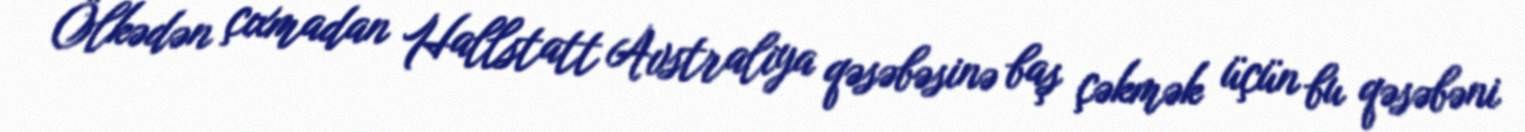
Ölkədən çıxmadan Hallstatt Avstraliya qəsəbəsinə baş çəkmək üçün bu qəsəbəni